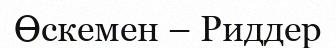
Өскемен – Риддер